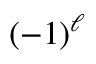
{ \left( { - 1 } \right) } ^ { \ell }